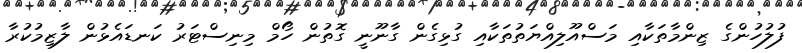
ފުލުހުންގެ ޒިންމާތަކާއި މަސްއޫލިއްޔަތުތަކާއި ގުޅިގެން ގާނޫނީ ގޮތުން ހޯމް މިނިސްޓަރު ކަނޑައެޅުން ލާޒިމުކުރާ